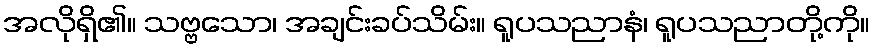
အလိုရှိ၏။ သဗ္ဗသော၊ အချင်းခပ်သိမ်း။ ရူပသညာနံ၊ ရူပသညာတို့ကို။